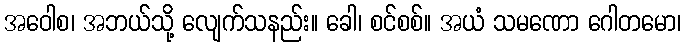
အဝေါစ၊ အဘယ်သို့ လျေက်သနည်း။ ခေါ၊ စင်စစ်။ အယံ သမဏော ဂေါတမော၊